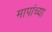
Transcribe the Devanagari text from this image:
मापांच्या